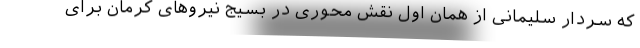
که سردار سلیمانی از همان اول نقش محوری در بسیج نیروهای کرمان برای